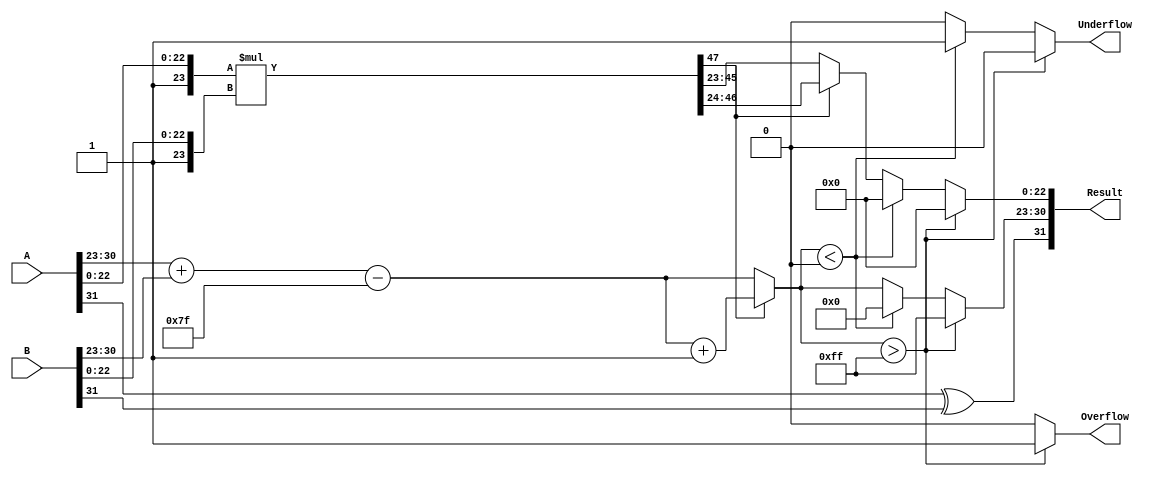
module floating_point_multiplier (
    input [31:0] A,         // First floating-point input
    input [31:0] B,         // Second floating-point input
    output reg [31:0] Result, // Result of the multiplication
    output reg Overflow,     // Overflow flag
    output reg Underflow     // Underflow flag
);

    // Constants
    localparam EXPONENT_BIAS = 127;
    localparam EXPONENT_MAX = 255;
    localparam EXPONENT_MIN = 0;
    localparam MANTISSA_SIZE = 23;
    
    // Internal signals
    reg sign_a, sign_b, sign_result;
    reg [7:0] exp_a, exp_b, exp_result;
    reg [23:0] mant_a, mant_b, mant_result;
    
    wire [47:0] mant_product; // To hold the product of the mantissas
    
    // Assigning inputs
    assign sign_a = A[31];
    assign sign_b = B[31];
    assign exp_a = A[30:23];
    assign exp_b = B[30:23];
    assign mant_a = {1'b1, A[22:0]}; // Adding implicit leading 1
    assign mant_b = {1'b1, B[22:0]}; // Adding implicit leading 1
    
    // Mantissa multiplication
    assign mant_product = mant_a * mant_b; // 24 x 24 = 48 bits
    
    always @(*) begin
        // Default output values
        Result = 32'b0;
        Overflow = 1'b0;
        Underflow = 1'b0;
        
        // Sign calculation
        sign_result = sign_a ^ sign_b;
        
        // Exponent calculation
        exp_result = exp_a + exp_b - EXPONENT_BIAS;

        // Mantissa normalization
        if (mant_product[47]) begin
            // Normal case: mant_product[47] is 1 (>= 2)
            mant_result = mant_product[46:24]; // Shift right
            exp_result = exp_result + 1; // Increment exponent
        end else begin
            // Subnormal or zero case: mant_product[47] is 0
            mant_result = mant_product[45:23]; // No shift needed
        end
        
        // Check for overflow and underflow
        if (exp_result > EXPONENT_MAX) begin
            Overflow = 1'b1; // Set Overflow flag
            exp_result = EXPONENT_MAX; // Saturate to max exponent
            mant_result = 24'b0; // Clear mantissa
        end else if (exp_result < EXPONENT_MIN) begin
            Underflow = 1'b1; // Set Underflow flag
            exp_result = 0; // Result is subnormal or zero
            mant_result = 24'b0; // Clear mantissa
        end
        
        // Rounding (round to nearest even)
        // Implement rounding logic here if required
        
        // Combine sign, exponent, and mantissa into result
        Result = {sign_result, exp_result, mant_result[MANTISSA_SIZE-1:0]};
    end
    
endmodule